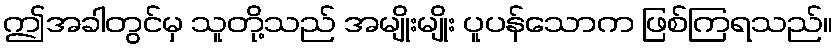
ဤအခါတွင်မှ သူတို့သည် အမျိုးမျိုး ပူပန်သောက ဖြစ်ကြရသည်။